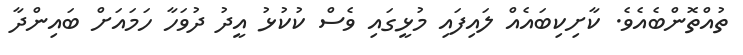
ތުއްތޮންބެއެވެ. ކާށިކިބައެއް ލައިފައި މުޅީގައި ވެސް ކުކުޅު އީދު ދުވަހާ ހަމައަށް ބައިންދާ